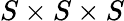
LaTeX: S\times S\times S